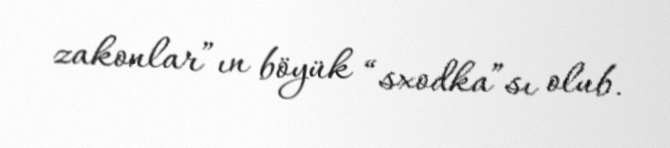
zakonlar”ın böyük “sxodka”sı olub.